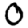
Digit: 0